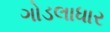
ગોડલાધાર